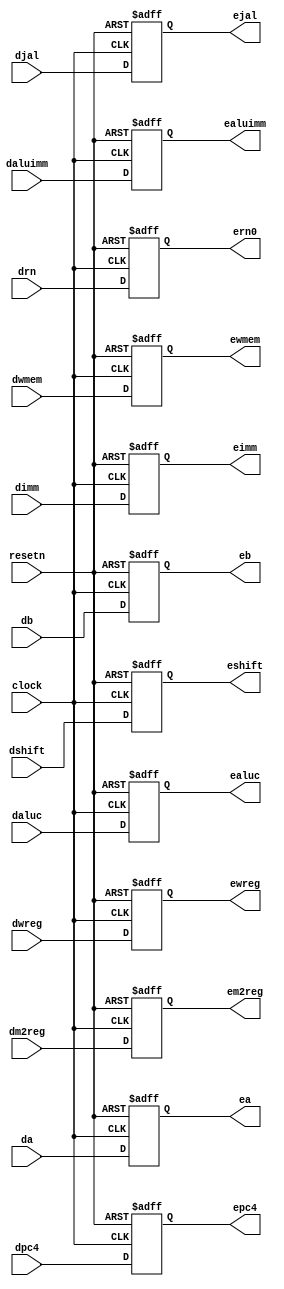
module pipedereg ( dwreg,dm2reg,dwmem,daluc,daluimm,da,db,dimm,drn,
                   dshift,djal,dpc4,clock,resetn,ewreg,em2reg,ewmem,
                   ealuc,ealuimm,ea,eb,eimm,ern0,eshift,ejal,epc4 );

   input         dwreg,dm2reg,dwmem,djal,daluimm,dshift;
   input  [31:0] dpc4,da,db,dimm ;
   input  [3:0]  daluc;
   input  [4:0]  drn;
   wire          dwreg,dm2reg,dwmem,djal,daluimm,dshift;
   wire   [31:0] dpc4,da,db,dimm ;
   wire   [3:0]  daluc;
   wire   [4:0]  drn;

   input         clock,resetn;
   wire          clock,resetn;

   output        ewreg,em2reg,ewmem,ejal,ealuimm,eshift;
   output [31:0] epc4,ea,eb,eimm ;
   output [3:0]  ealuc;
   output [4:0]  ern0;
	
   reg           ewreg,em2reg,ewmem,ejal,ealuimm,eshift;
   reg    [31:0] epc4,ea,eb,eimm ;	
   reg    [3:0]  ealuc;
   reg    [4:0]  ern0;

   always @ (negedge resetn or posedge clock)
      if (resetn == 0) 
         begin
            epc4       <= 32'b0;
            ea         <= 32'b0;
            eb         <= 32'b0;
            eimm       <= 32'b0; 
            ealuc      <=  4'b0;
            ern0       <=  5'b0;
            ewreg      <=  1'b0;
            em2reg     <=  1'b0;
            ewmem      <=  1'b0;
            ejal       <=  1'b0;
            ealuimm    <=  1'b0;
            eshift     <=  1'b0;
         end 
      else
         begin 
            epc4       <=  dpc4;
            ea         <=  da;
            eb         <=  db;
            eimm       <=  dimm;
            ealuc[3:0] <=  daluc[3:0];
            ern0       <=  drn;
            ewreg      <=  dwreg;
            em2reg     <=  dm2reg;
            ewmem      <=  dwmem;
            ejal       <=  djal;
            ealuimm    <=  daluimm;
            eshift     <=  dshift;
         end
endmodule